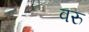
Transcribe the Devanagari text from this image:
वरु